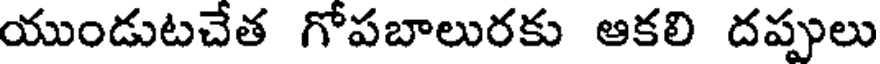
యుండుటచేత గోపబాలురకు ఆకలి దప్పులు